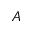
A